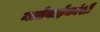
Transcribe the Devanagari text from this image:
नातेवाईकांशी